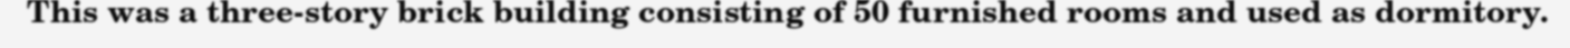
This was a three-story brick building consisting of 50 furnished rooms and used as dormitory.